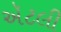
ઍટલી